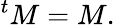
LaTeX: {}^{t}M=M.